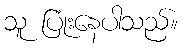
သူ ပြုံးနေပါသည်။